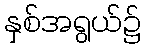
နှစ်အရွယ်၌